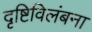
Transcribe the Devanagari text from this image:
दृष्टिविलंबना